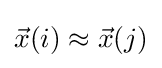
{\vec {x}}(i)\approx {\vec {x}}(j)